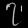
Digit: ၇